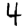
Digit: 4